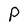
Character: P